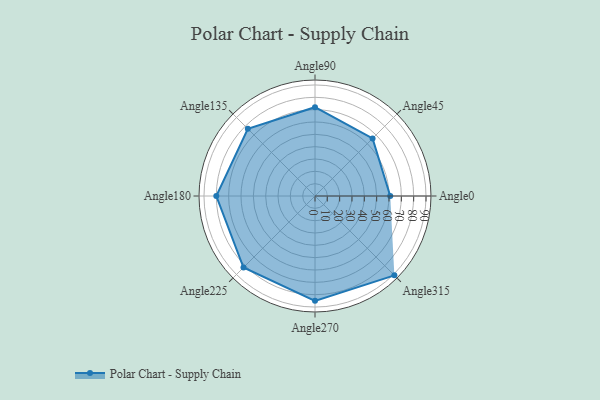
{"axis": {"x": "Angle", "y": "Radius"}, "legend": [""], "data": [{"x": "Angle0", "y": 61.0, "type": ""}, {"x": "Angle45", "y": 66.0, "type": ""}, {"x": "Angle90", "y": 72.0, "type": ""}, {"x": "Angle135", "y": 77.0, "type": ""}, {"x": "Angle180", "y": 80.0, "type": ""}, {"x": "Angle225", "y": 82.0, "type": ""}, {"x": "Angle270", "y": 85.0, "type": ""}, {"x": "Angle315", "y": 91.0, "type": ""}]}